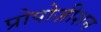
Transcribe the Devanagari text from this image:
प्रोपोज़ीशन